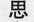
思